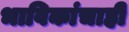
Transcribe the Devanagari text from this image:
भाविकांचाही